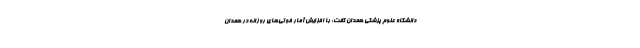
دانشگاه علوم پزشکی همدان گفت: با افزایش آمار فوتی‌های روزانه در همدان